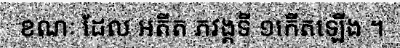
ខណៈ ដែល អតីត ភវង្គទី ១កើតឡើង ។